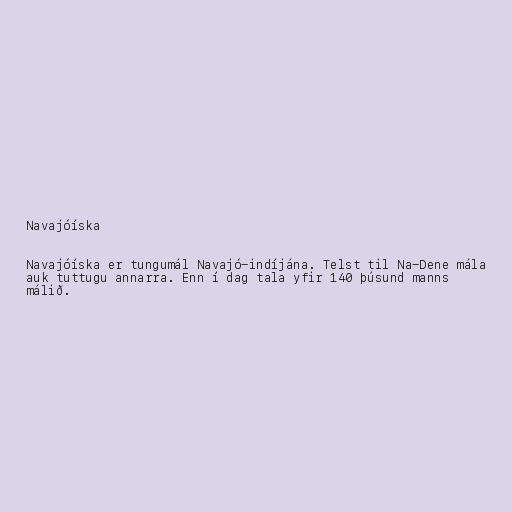
Navajóíska

Navajóíska er tungumál Navajó-indíjána. Telst til Na-Dene mála
auk tuttugu annarra. Enn í dag tala yfir 140 þúsund manns
málið.